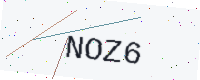
Text: NOZ6